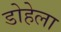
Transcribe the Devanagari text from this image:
डोहेला